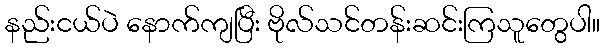
နည်းငယ်ပဲ နောက်ကျပြီး ဗိုလ်သင်တန်းဆင်းကြသူတွေပါ။